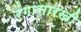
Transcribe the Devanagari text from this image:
रंगासारखी